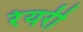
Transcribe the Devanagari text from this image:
रेयरी